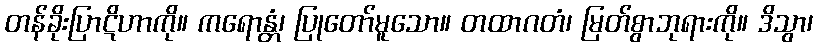
တန်ခိုးပြာဋိဟာကို။ ကရောန္တံ၊ ပြုတော်မူသော။ တထာဂတံ၊ မြတ်စွာဘုရားကို။ ဒိသွာ၊